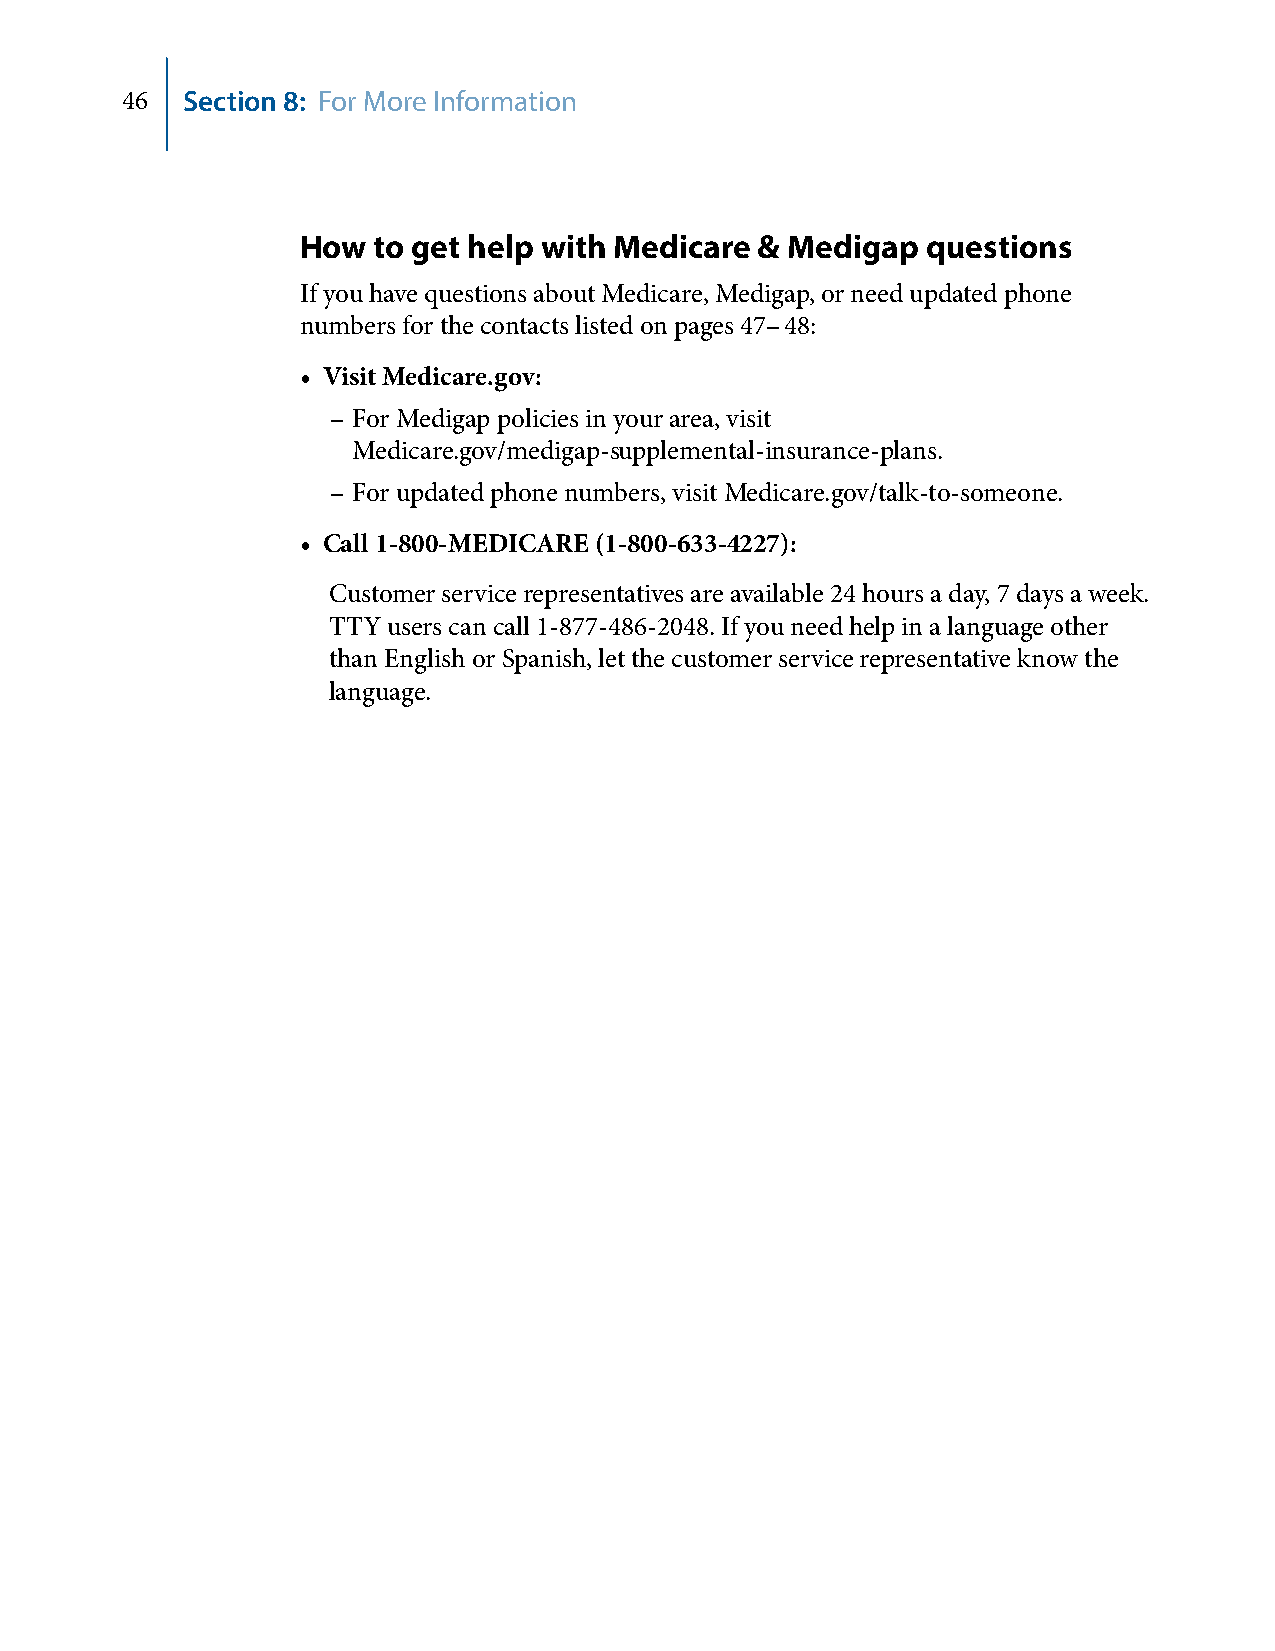
46  Section 8: For More Information
 How  to get help with Medicare & Medigap questions
 If you have questions about Medicare, Medigap, or need updated phone
 numbers for the contacts listed on pages 47– 48:
 • Visit Medicare.gov:
 – For Medigap policies in your area, visit
 Medicare.gov/medigap‑supplemental‑insurance‑plans.
 – For updated phone numbers, visit Medicare.gov/talk‑to‑someone.
 • Call 1-800-MEDICARE (1-800-633-4227):
 Customer service representatives are available 24 hours a day, 7 days a week.
 TTY users can call 1‑877‑486‑2048. If you need help in a language other
 than English or Spanish, let the customer service representative know the
 language.